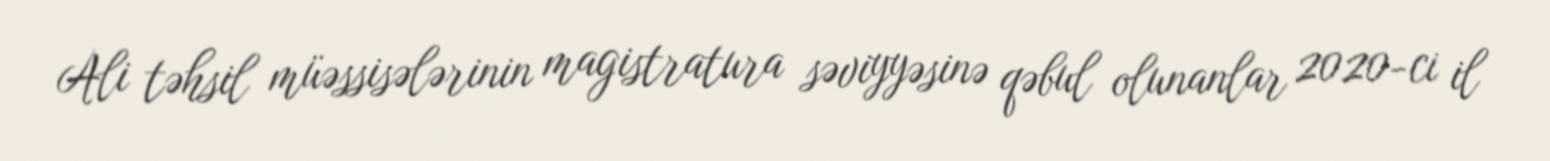
Ali təhsil müəssisələrinin magistratura səviyyəsinə qəbul olunanlar 2020-ci il